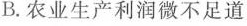
B. 农业生产利润微不足道